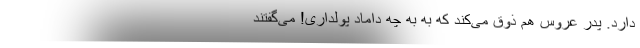
دارد. پدر عروس هم ذوق می‌کند که به به چه داماد پولداری! می‌گفتند